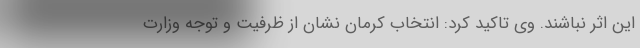
این اثر نباشند. وی تاکید کرد: انتخاب کرمان نشان از ظرفیت و توجه وزارت